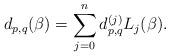
LaTeX: \begin{align*}d_{p,q}(\beta)=\sum_{j=0}^nd_{p,q}^{(j)}L_j(\beta).\end{align*}